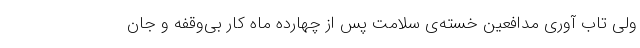
ولی تاب آوری مدافعین خسته‌ی سلامت پس از چهارده ماه کار بی‌وقفه و جان